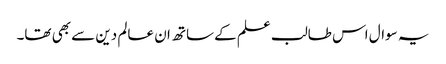
یہ سوال اس طالب علم کے ساتھ ان عالم دین سے بھی تھا۔